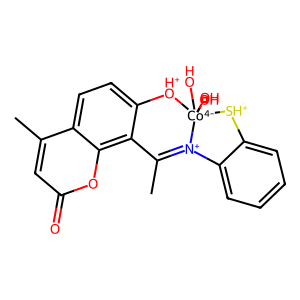
SMILES: CC1=[N+]2c3ccccc3[SH+][Co-4]2(O)(O)(O)[OH+]c2ccc3c(C)cc(=O)oc3c21
Inhibits HIV replication: No